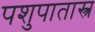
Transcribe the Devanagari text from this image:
पशुपातास्त्र